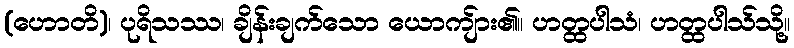
(ဟောတိ)၊ ပုရိသဿ၊ ချိန်းချက်သော ယောကျ်ား၏။ ဟတ္ထပါသံ၊ ဟတ္ထပါသ်သို့။